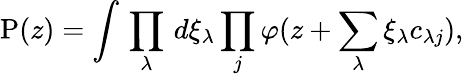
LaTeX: \mathrm{P}(z)=\int\, \prod_{\lambda}\, d\xi_{\lambda}\prod_{j}\varphi(z+\sum_{\lambda}\xi_{\lambda}c_{\lambda j}),